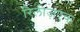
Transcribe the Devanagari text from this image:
रिलीज़एक